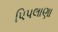
પિપલાણા